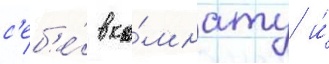
с'еб'е́ в ко́мнату и́